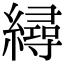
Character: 𦅀